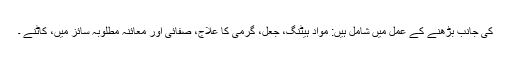
کی جانب بڑھنے کے عمل میں شامل ہیں: مواد ہیٹنگ، جعل، گرمی کا علاج، صفائی اور معائنہ مطلوبہ سائز میں، کاٹنے ۔